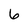
Character: 6